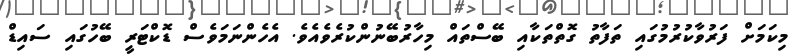
މިކަމަށް ފަރުވާކުރުމުގައި ތަފާތު ގޮތްތަކާއި ބޭސްތައް މިހާރުބޭނުންކުރެވެއެވެ. އެހެންނަމަވެސް ޑޮކްޓަރީ ބޭހުގައި ސައިޑް